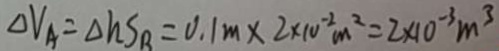
\Delta V _ { A } = \Delta h S _ { B } = 0 . 1 m \times 2 \times 1 0 ^ { - 2 } m ^ { 2 } = 2 \times 1 0 ^ { - 3 } m ^ { 3 }